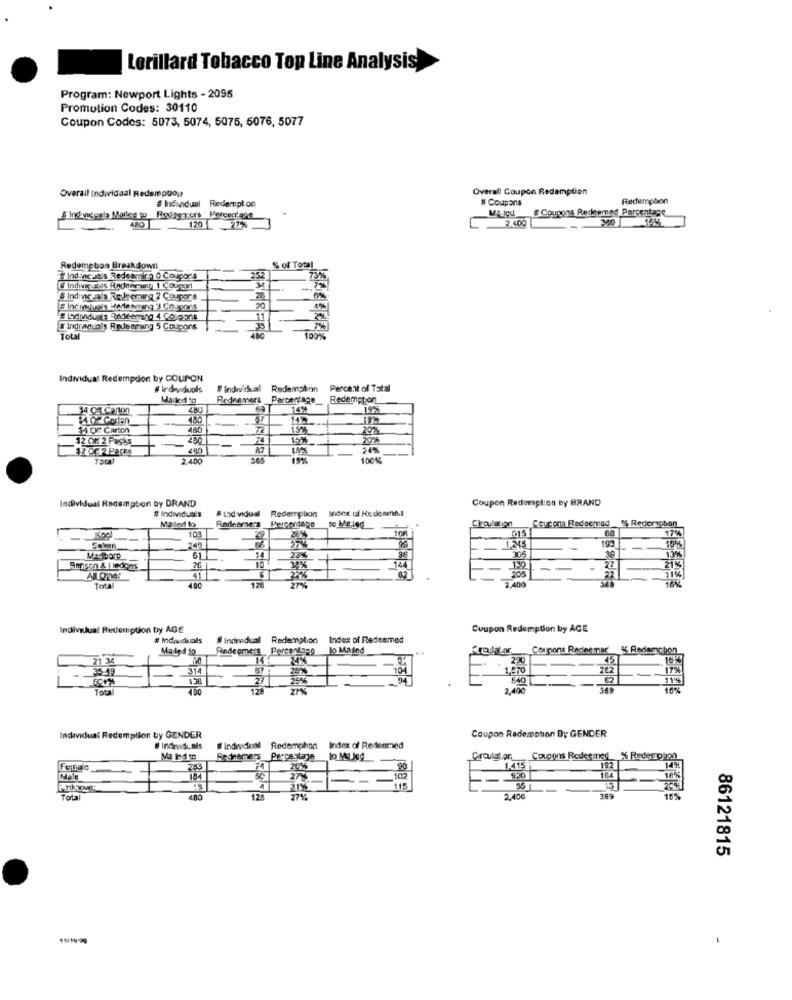
Lorillard Tobacco Top Line Analysis
Program: Newport Lights - 2095
Promotion Codes: 30110
Coupon Codes: 5073, 5074, 5075, 6076, 5077
Overall Individual Redemption
Overall Coupon Redemption
# Incundual
Coupons
Redemption
Redempl.on
# Coupons Redeemed Percentage
-
ARO
120 27%
2.400
Redemption Breakdown
& of Total
Indonc Jais Redearing 0 Couponis
# Individuals Roule ering 2 Coupors
Indraduals Redeeming 5 Coupons
Total
100%
Individual Redempdon by COUPON
# Individuals
individual Redemption
Percent of Total
Rednemert
Percentage
Redemption
14%
480
$ OF Carton
480
15%
202
12 OF 2 Packs
74
15%
20%
200
15%
100%
Individual Redemption by DRAND
Coupon Redemption by BRAND
# Individuals
# Lad.vidual
Redemption
Index of Hedenmed
Mailed to
Redeemer
Percentage
Circulation
Ceucons Redeemed % Rederiphon
103
to Me-led
17
Kogl
249
Marlboro
23%
Benson & | ledges
144
Total
12₺
Individual Redemption by AGE
Coupon Redemption by AGE
# Indasduals
Individual Redemption Index of Redeemed
Redeemers Percentage
lo MA led
frouklor Coupons Redenmar & Redemption
21 34
24%
28%
1,970
314
25%
104
Total
21%
2,400
369
10%
Individual Redemption by GENDER
Coupon Rademotion By GENDER
# Individual Redemphon
Index of Redeemed
Ma hd tn
Rochemers Percentage
Coupons Redeemed % Reder pian
283
74
1.415
Male
27%
.100
Total
480
128
2,400
86121815